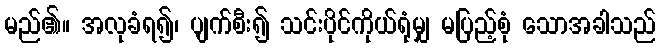
မည်၏။ အလုခံရ၍၊ ပျက်စီး၍ သင်းပိုင်ကိုယ်ရုံမျှ မပြည့်စုံ သောအခါသည်